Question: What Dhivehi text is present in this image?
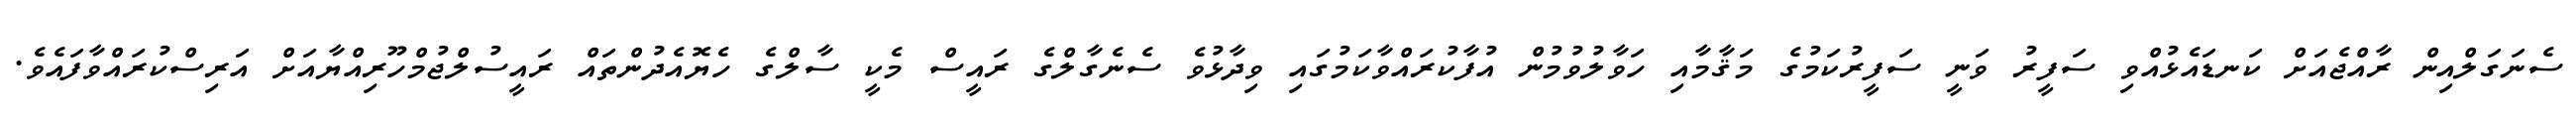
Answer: ސެނަގަލްއިން ރާއްޖެއަށް ކަނޑައެޅުއްވި ސަފީރު ވަނީ ސަފީރުކަމުގެ މަޤާމާއި ހަވާލުވުމުން އުފާކުރައްވާކަމުގައި ވިދާޅުވެ ސެނެގާލްގެ ރައީސް މެކީ ސާލްގެ ހެޔޮއެދުންތައް ރައީސުލްޖުމްހޫރިއްޔާއަށް އަރިސްކުރައްވާފައެވެ.